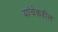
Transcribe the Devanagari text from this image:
यांचेकडील